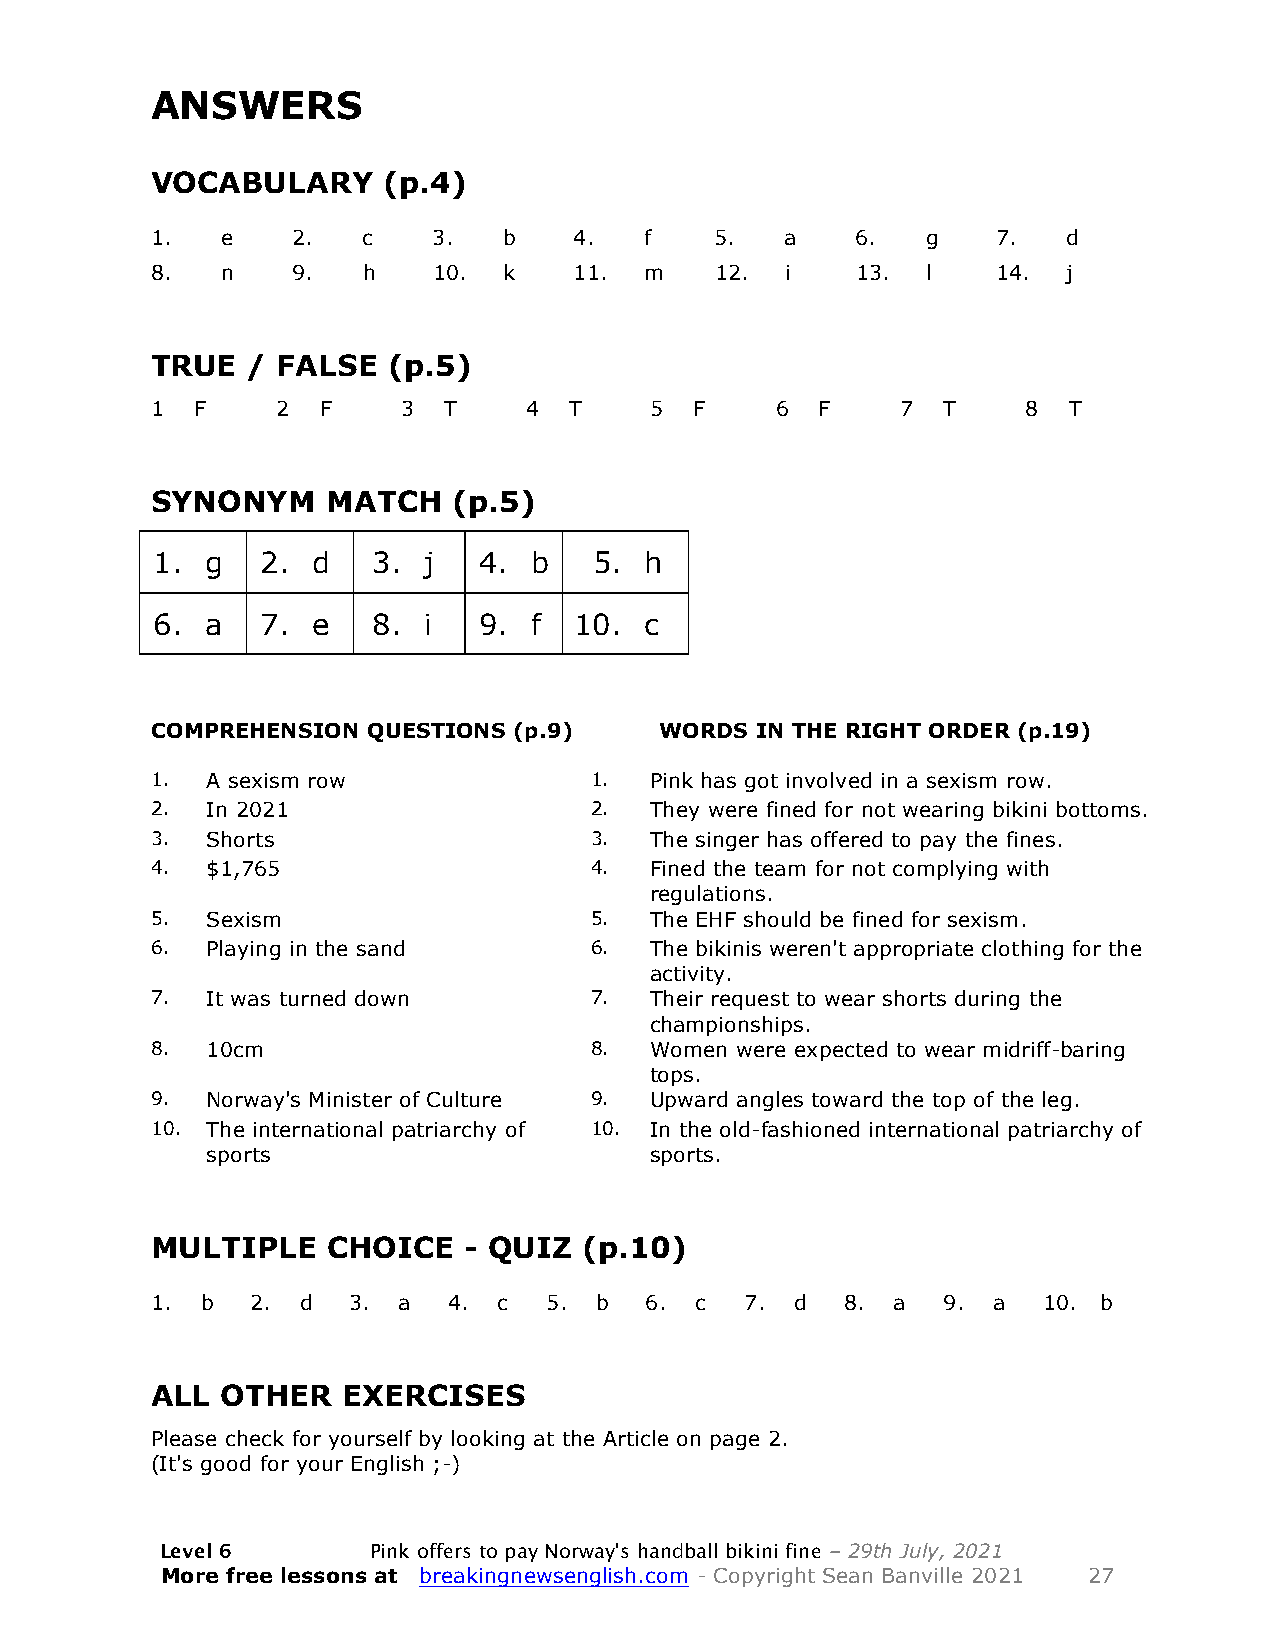
ANSWERS
 VOCABULARY     (p.4)
 1.   e   2.   c    3.  b    4.   f   5.   a    6.  g    7.   d
 8.   n   9.   h    10. k    11.  m   12.  i    13. l    14.  j
 TRUE  / FALSE   (p.5)
 1  F    2  F     3 T     4  T    5  F    6  F     7 T     8  T
 SYNONYM     MATCH   (p.5)
 1.  g  2.  d   3. j   4. b   5.  h
 6.  a  7.  e   8. i   9. f  10.  c
 COMPREHENSION QUESTIONS (p.9)     WORDS IN THE RIGHT ORDER (p.19)
 1.  A sexism row             1.  Pink has got involved in a sexism row.
 2.  In 2021                  2.  They were fined for not wearing bikini bottoms.
 3.  Shorts                   3.  The singer has offered to pay the fines.
 4.  $1,765                   4.  Fined the team for not complying with
 regulations.
 5.  Sexism                   5.  The EHF should be fined for sexism.
 6.  Playing in the sand      6.  The bikinis weren't appropriate clothing for the
 activity.
 7.  It was turned down       7.  Their request to wear shorts during the
 championships.
 8.  10cm                     8.  Women were expected to wear midriff-baring
 tops.
 9.  Norway's Minister of Culture 9. Upward angles toward the top of the leg.
 10. The international patriarchy of 10. In the old-fashioned international patriarchy of
 sports                       sports.
 MULTIPLE    CHOICE   - QUIZ  (p.10)
 1. b   2. d  3. a   4. c  5. b   6. c  7.  d  8. a  9.  a  10. b
 ALL  OTHER   EXERCISES
 Please check for yourself by looking at the Article on page 2.
 (It's good for your English ;-)
 Level 6      Pink offers to pay Norway's handball bikini fine – 29th July, 2021
 More free lessons at breakingnewsenglish.com - Copyright Sean Banville 2021 27